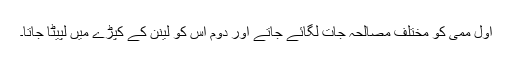
اول ممی کو مختلف مصالحہ جات لگائے جاتے اور دوم اس کو لینن کے کپڑے میں لپیٹا جاتا۔